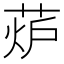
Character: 𦲊